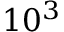
1 0 ^ { 3 }